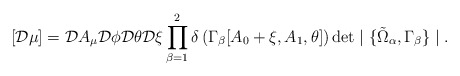
\begin{align*}[{\cal D} \mu] = {\cal D} A_\mu {\cal D} \phi {\cal D} \theta {\cal D} \xi \prod^2_{\beta = 1} \delta\left(\Gamma_{\beta}[A_0 + \xi, A_1, \theta]\right) \det \mid \{\tilde{\Omega}_{\alpha}, \Gamma_{\beta}\} \mid.\end{align*}